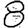
Digit: 8